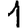
Digit: 1